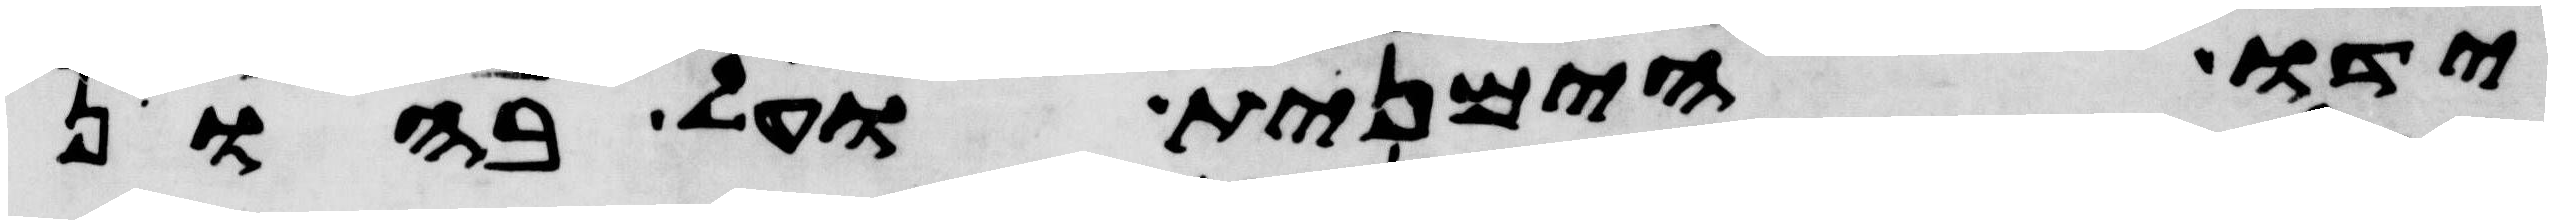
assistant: ידו הימנית ועל בהון